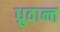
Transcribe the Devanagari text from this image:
ध्रुवान्त